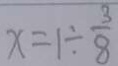
x = 1 \div \frac { 3 } { 8 }